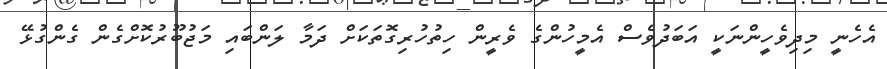
އެހެނީ މިދިވެހީންނަކީ އަބަދުވެސް އެމީހުންގެ ވެރީން ހިތުހުރިގޮތަކަށް ދަމާ ލަންބައި މަޖުބޫރުކޮށްގެން ގެންގުޅޭ